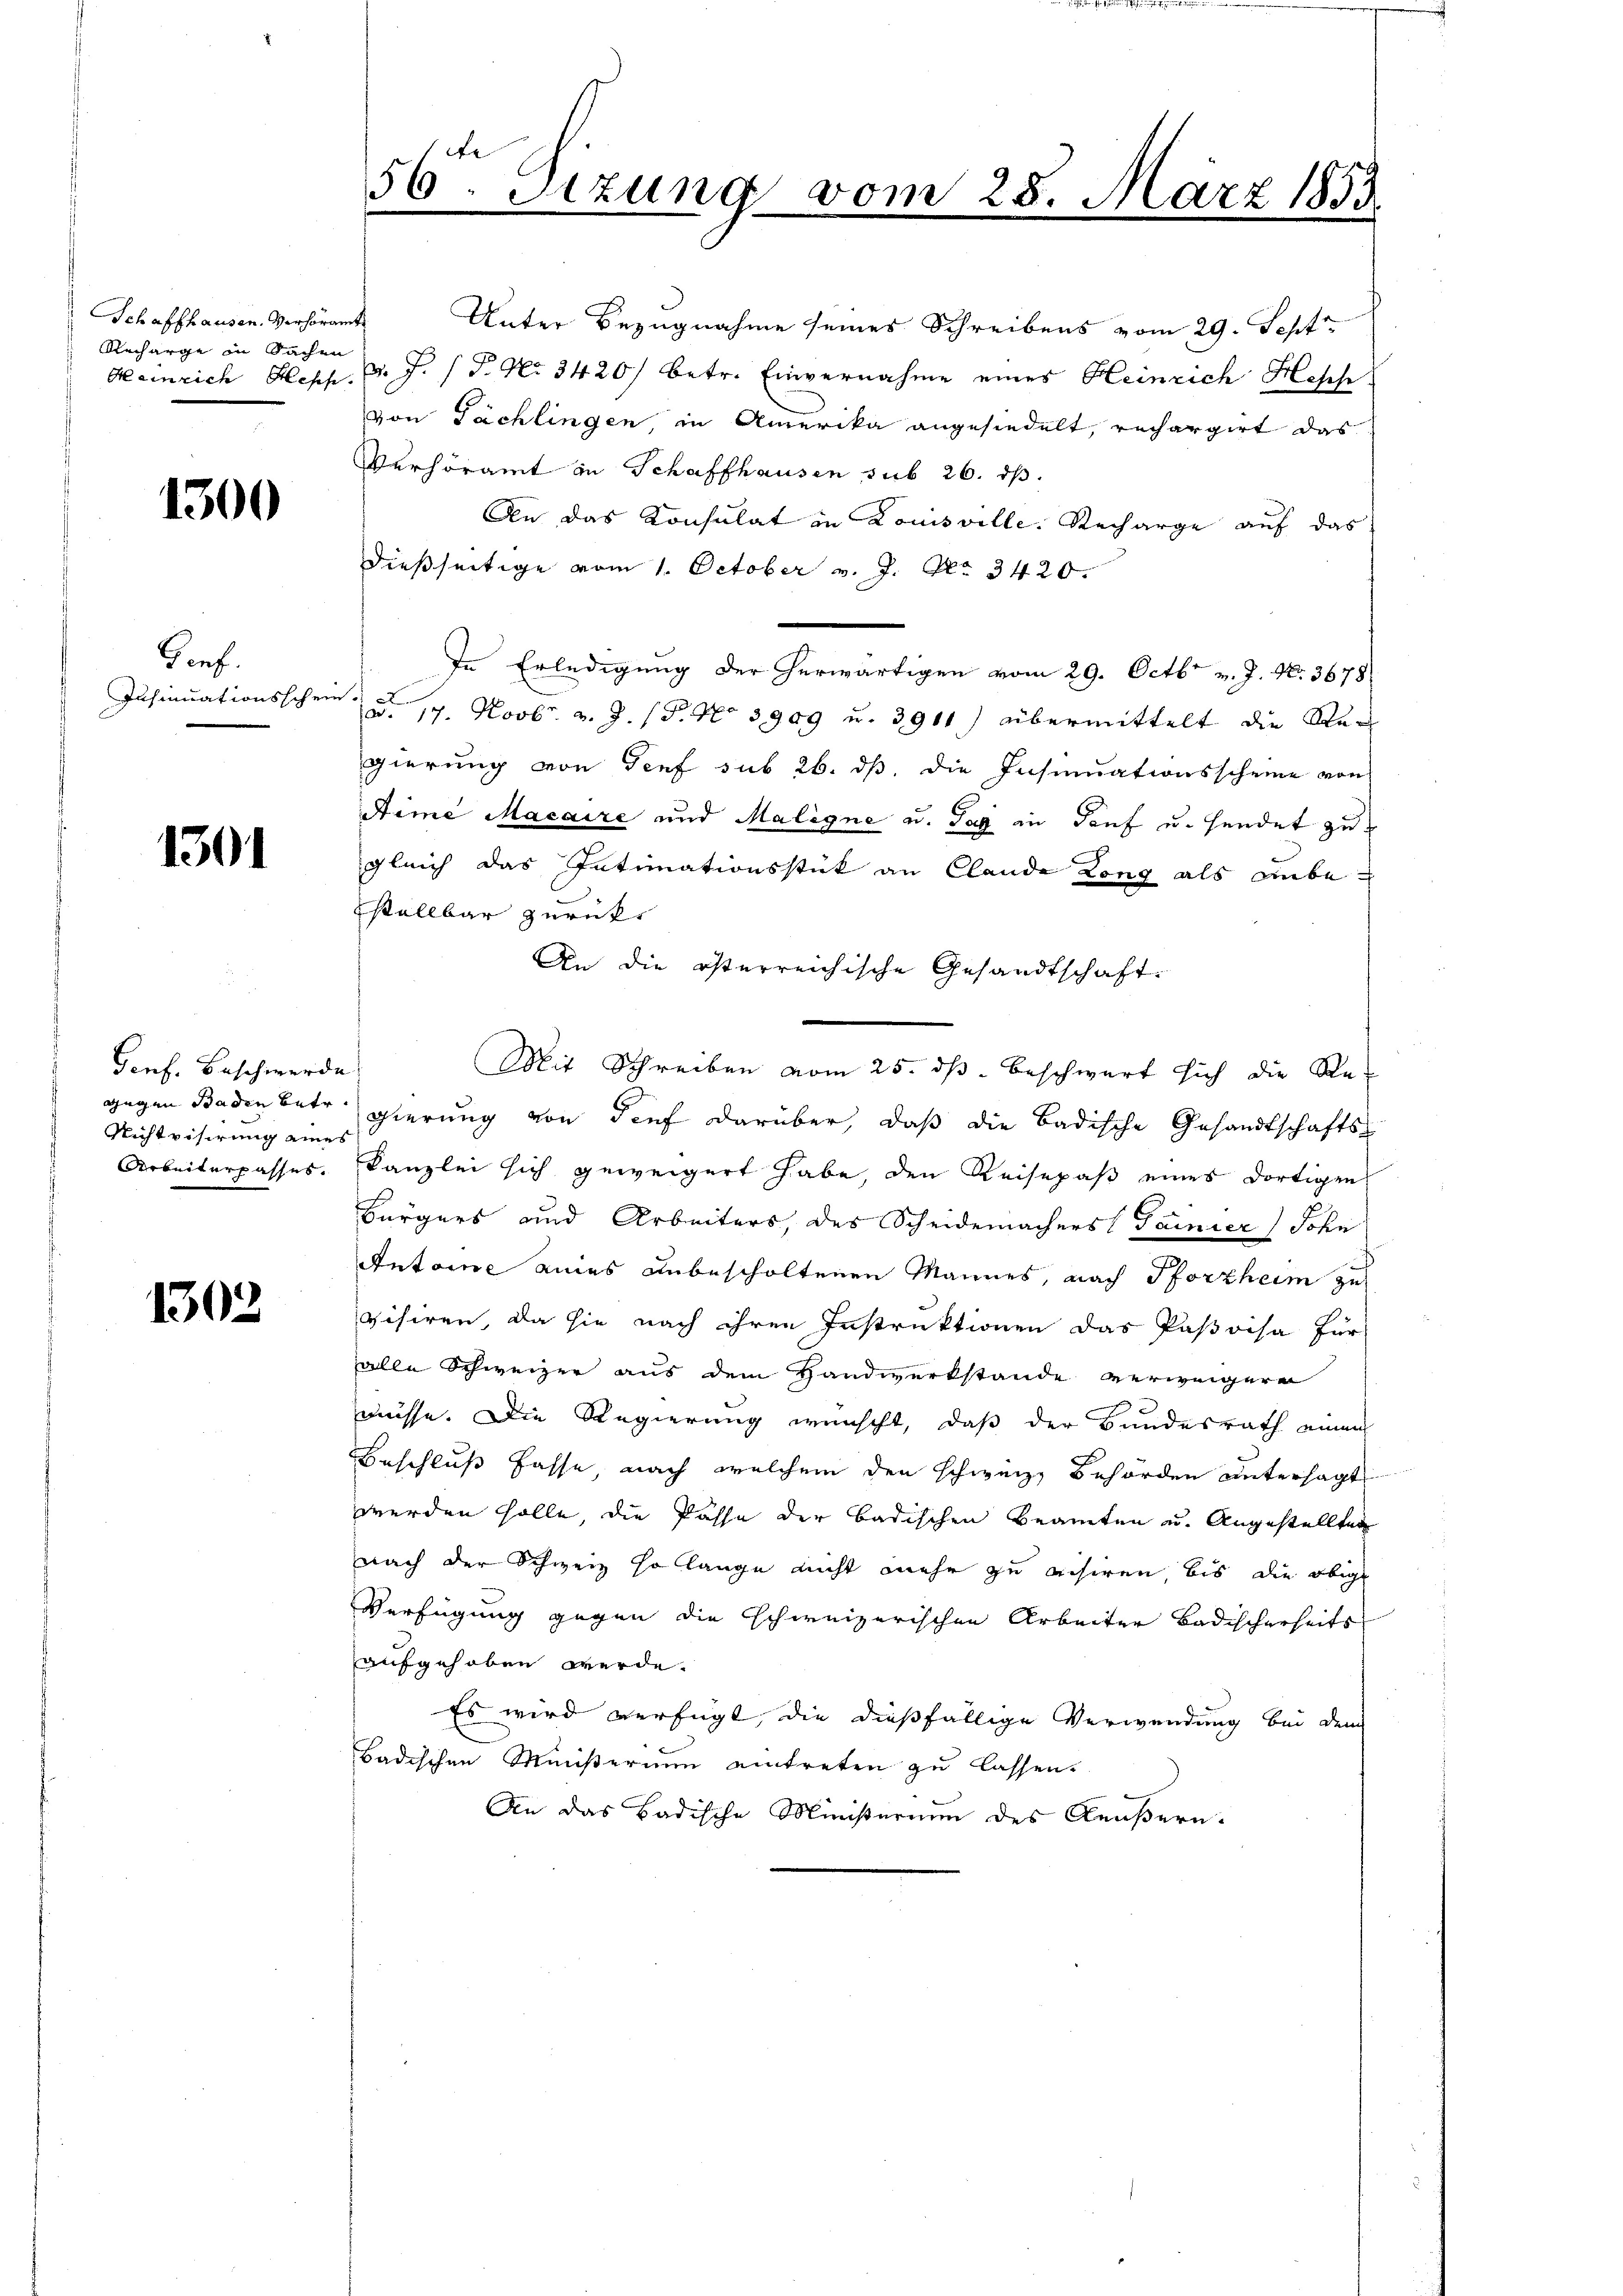
Schaffhausen. Verhöramte
Richarge in Sachen

1300

Genf.
Insinuationsschein.

1301

Genf. Beschwerde
Nichtvisirung eines

1303

56ten Sizung vom 25. März 1853.

Unter Bezugnahme seines Schreibens vom 29. Sept
Heinrich Heph. d. J. P. Nr. 3420) betr. Einvernahme eines Heinrich Hesch.
von Tächlingen, in Amerika angesiedelt, rechargirt das
Verhöramt in Schaffhausen sub 26. ds.
An das Konsulat in Louisville. Recharge auf das
dießseitige vom 1. October v. J. No. 3420.
In Erledigung der herwärtigen vom 29. Octbr. v. J. N. 3678
u. 19. Novbr. v. J. (T. No 3909 u. 3911) übermittelt die Regierung von Genf sub 26. ds, die Insinuationsscheine von
Aime Macaire und Maligne u. Tag in Tauf u. sendet zu
gleich das Intimationsstück an Claude Long als anbestallbar zurufe
An die österreichische Gesandtschaft¬
Mit Schreiben vom 25. dß. beschwart sich die Re-
gegen Baden betr. gierung von Tief darüber, daß die Badische Gesandtschafts-
Arbeiterpasses. Kanzlei sich geweigert habe, den Reisepaß eines dortigen
Bürgers und Arbeiters, des Scheidemachers Garnier Sohn
Antone eines unbescholtenen Mannes, nach Pforzheim zu
visiren, da sie nach ihren Instruktionen das Pasoisa für
alle Schweizer aus dem Handwerkstände verweigere
müsse. Die Regierung wünscht, daß der Bundesrath einen
Beschluß fasse, nach welchem den schweiz, Behörden untersagt
werden solle, die Pässe der badischen Beamten u. Angestellten
nach der Schweiz so lange nicht mehr zu visiren, bis die obige
Verfügung gegen die schweizerischen Arbeiter Badischerheits
aufgehoben werde.
Es wird verfügt, die dießfällige Verwendung bei dem
Badischen Ministerium eintreten zu lassen.
An das Badische Ministerium des Aeußern.